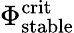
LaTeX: \Phi_{\mathrm{stable}}^{\mathrm{crit}}